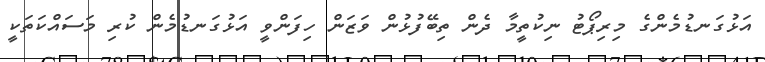
އަޅުގަނޑުމެންގެ މިރިޕޯޓު ނިކުތީމާ ދެން ތިބޭފުޅުން ވަޒަން ހިފަންވީ އަޅުގަނޑުމެން ކުރި މަސައްކަތަކީ